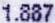
1.887